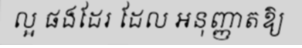
ល្អ ផងដែរ ដែល អនុញ្ញាតឱ្យ